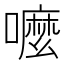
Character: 嚒